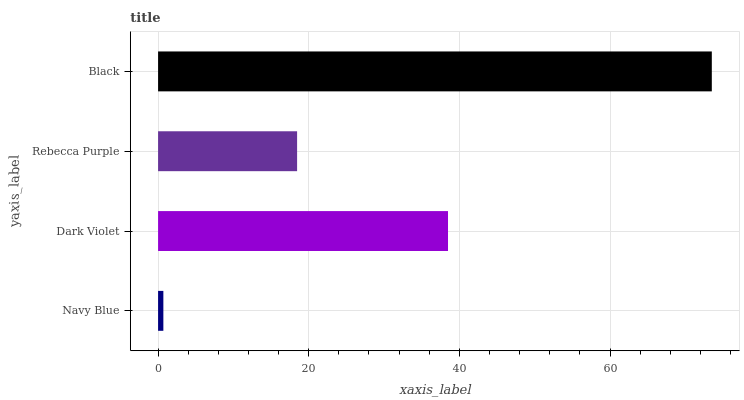
| yaxis_label | bars |
 | --- | --- |
 | Navy Blue | 0.701 |
 | Dark Violet | 38.5 |
 | Rebecca Purple | 18.5 |
 | Black | 73.5 |